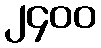
၂၄၀၀